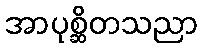
အာပုစ္ဆိတသညာ